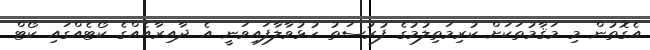
އެގޮތުން މި މަޤާމުތަކަށް ކުރިމަތިލުމުގެ ފުރުސަތު ހުޅުވާލާފައިވަނީ އެ ދާއިރާއެއްގެ ކޯޓެއްގައި ކޯޓް